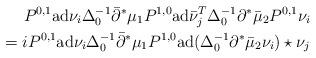
LaTeX: \begin{align*} P^{0,1}{\rm ad}\nu_i\Delta_0^{-1}\bar\partial^*\mu_1P^{1,0}{\rm ad}\bar\nu_j^T\Delta_0^{-1}\partial^*\bar\mu_2P^{0,1} \nu_i\\ =i P^{0,1}{\rm ad}\nu_i\Delta_0^{-1}\bar\partial^*\mu_1P^{1,0}{\rm ad}(\Delta_0^{-1}\partial^*\bar\mu_2 \nu_i)\star\nu_j\end{align*}